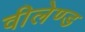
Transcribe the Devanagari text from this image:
वीलेण्ड